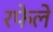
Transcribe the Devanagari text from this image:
रफेले